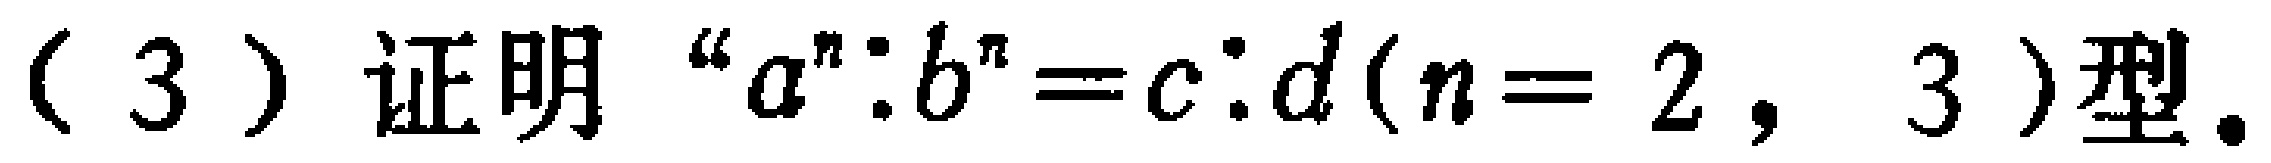
(3) 证明 “$a^{n}:b^{n}=c:d(n = 2,3)$型.